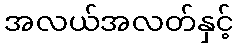
အလယ်အလတ်နှင့်